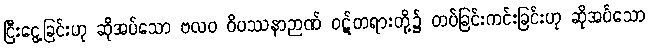
ငြီးငွေ့ခြင်းဟု ဆိုအပ်သော ဗလဝ ဝိပဿနာဉာဏ် ဝဋ်တရားတို့၌ တပ်ခြင်းကင်းခြင်းဟု ဆိုအပ်သော